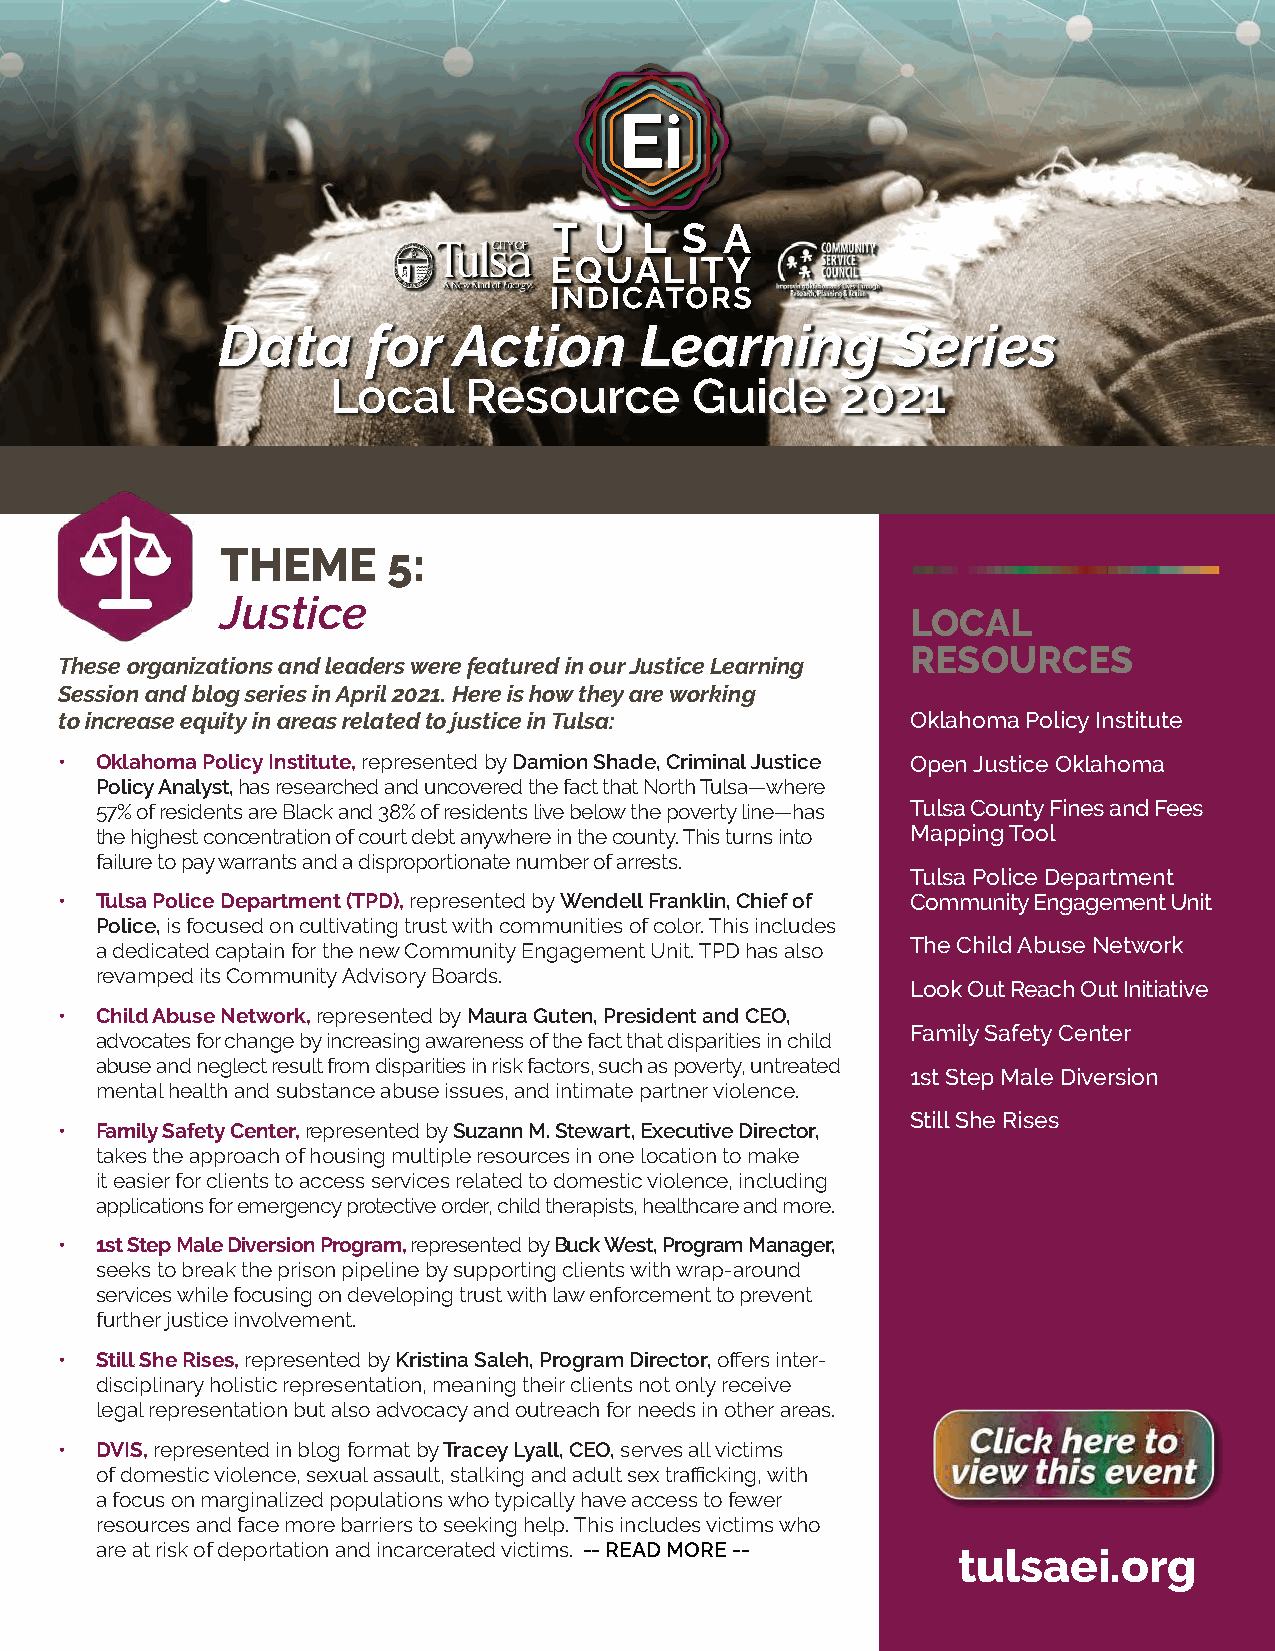
Data      for   Action      Learning         Series
 Local    Resource       Guide     2021
 THEME      5:
 Justice
 LOCAL
 RESOURCES
 These organizations and leaders were featured in our Justice Learning
 Session and blog series in April 2021. Here is how they are working
 to increase equity in areas related to justice in Tulsa: Oklahoma Policy Institute
 • Oklahoma Policy Institute, represented by Damion Shade, Criminal Justice Open Justice Oklahoma
 Policy Analyst, has researched and uncovered the fact that North Tulsa—where
 57% of residents are Black and 38% of residents live below the poverty line—has Tulsa County Fines and Fees
 the highest concentration of court debt anywhere in the county. This turns into Mapping Tool
 failure to pay warrants and a disproportionate number of arrests.
 Tulsa Police Department
 • Tulsa Police Department (TPD), represented by Wendell Franklin, Chief of Community Engagement Unit
 Police, is focused on cultivating trust with communities of color. This includes
 The Child Abuse Network
 a dedicated captain for the new Community Engagement Unit. TPD has also
 revamped its Community Advisory Boards.
 Look Out Reach Out Initiative
 • Child Abuse Network, represented by Maura Guten, President and CEO,
 Family Safety Center
 advocates for change by increasing awareness of the fact that disparities in child
 abuse and neglect result from disparities in risk factors, such as poverty, untreated
 1st Step Male Diversion
 mental health and substance abuse issues, and intimate partner violence.
 Still She Rises
 • Family Safety Center, represented by Suzann M. Stewart, Executive Director,
 takes the approach of housing multiple resources in one location to make
 it easier for clients to access services related to domestic violence, including
 applications for emergency protective order, child therapists, healthcare and more.
 • 1st Step Male Diversion Program, represented by Buck West, Program Manager,
 seeks to break the prison pipeline by supporting clients with wrap-around
 services while focusing on developing trust with law enforcement to prevent
 further justice involvement.
 • Still She Rises, represented by Kristina Saleh, Program Director, offers inter-
 disciplinary holistic representation, meaning their clients not only receive
 legal representation but also advocacy and outreach for needs in other areas.
 • DVIS, represented in blog format by Tracey Lyall, CEO, serves all victims
 of domestic violence, sexual assault, stalking and adult sex trafficking, with
 a focus on marginalized populations who typically have access to fewer
 resources and face more barriers to seeking help. This includes victims who
 are at risk of deportation and incarcerated victims. -- READ MORE -- tulsaei.org